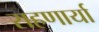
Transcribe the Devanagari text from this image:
राहणार्या